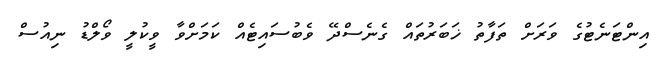
އިންޓަނެޓުގެ ވަރަށް ތަފާތު ޚަބަރުތައް ގެނެސްދޭ ވެބުސައިޓެއް ކަމަށްވާ ވީކުލީ ވޯލްޑު ނިއުސް